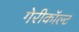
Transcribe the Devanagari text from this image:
गेरीकॉल्ट